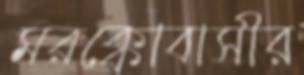
মরক্কোবাসীর